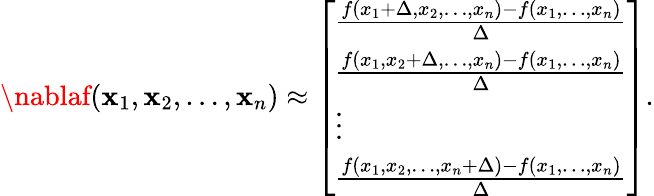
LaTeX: \nablaf(\mathbf{x}_{1},\mathbf{x}_{2},\ldots,\mathbf{x}_{n})\approx\left[\begin{array}{l}{\frac{f(x_{1}+\Delta,x_{2},\ldots,x_{n})-f(x_{1},\ldots,x_{n})}{\Delta}}\\ {\frac{f(x_{1},x_{2}+\Delta,\ldots,x_{n})-f(x_{1},\ldots,x_{n})}{\Delta}}\\ {\vdots}\\ {\frac{f(x_{1},x_{2},\ldots,x_{n}+\Delta)-f(x_{1},\ldots,x_{n})}{\Delta}}\end{array}\right].